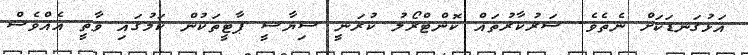
އަޅުގަނޑަކަށް ނެތެވެ. ސަރުކާރުތައް ކޮންޓްރޯލު ކުރަނީ ސިޔާސީ ޕާޓީތަކުން ކަމުގައި ވާތީ އެއްވެސް